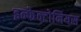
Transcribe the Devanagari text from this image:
इन्फेक्टोनियस